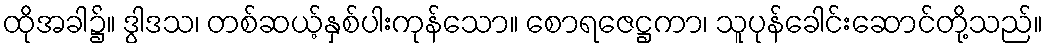
ထိုအခါ၌။ ဒွါဒသ၊ တစ်ဆယ့်နှစ်ပါးကုန်သော။ စောရဇေဋ္ဌကာ၊ သူပုန်ခေါင်းဆောင်တို့သည်။